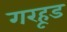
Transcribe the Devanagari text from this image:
गरहूड